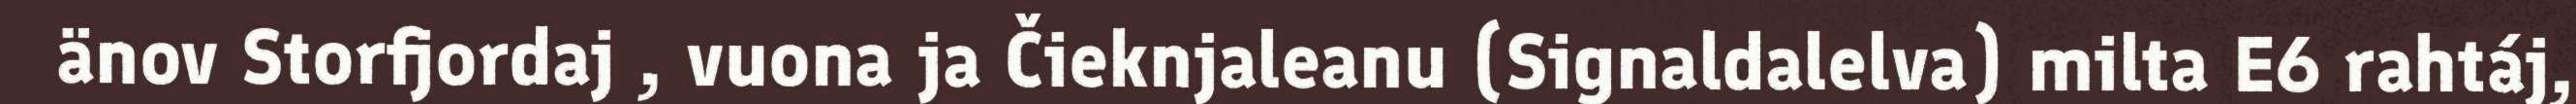
änov Storfjordaj , vuona ja Čieknjaleanu (Signaldalelva) milta E6 rahtáj,